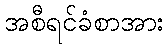
အစီရင်ခံစာအား